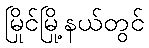
မြိုင်မြို့နယ်တွင်